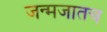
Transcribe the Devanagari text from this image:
जन्मजातच